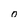
Character: o